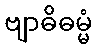
ဗျာဓိဓမ္မံ